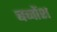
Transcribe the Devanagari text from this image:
बच्चोंश